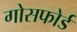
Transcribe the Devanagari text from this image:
गोसफोर्ड